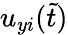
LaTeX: u_{yi}(\tilde{t})